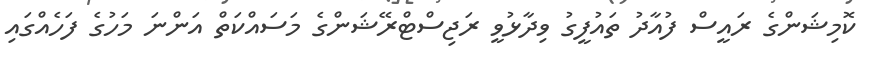
ކޮމިޝަންގެ ރައީސް ފުއާދު ތައުފީގު ވިދާޅުވީ ރަޖިސްޓްރޭޝަންގެ މަސައްކަތް އަންނަ މަހުގެ ފަހެއްގައި